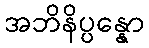
အဘိနိပ္ပန္နော